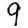
Digit: 9